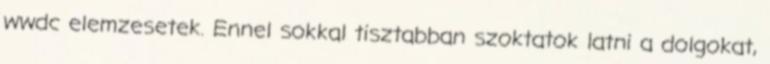
wwdc elemzesetek. Ennel sokkal tisztabban szoktatok latni a dolgokat,